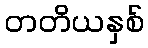
တတိယနှစ်